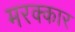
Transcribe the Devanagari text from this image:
मरक्कार